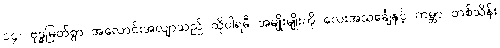
၁၄။ ဗုဒ္ဓမြတ်စွာ အလောင်းအလျာသည် ထိုပါရမီ အမျိုးမျိုးကို လေးအသင်္ချေနှင့် ကမ္ဘာ တစ်သိန်း